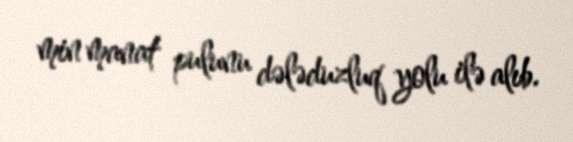
min manat pulunu dələduzluq yolu ilə alıb.